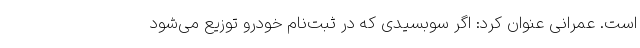
است. عمرانی عنوان کرد: اگر سوبسیدی که در ثبت‌نام خودرو توزیع می‌شود